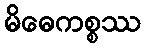
မိဓေကစ္စဿ